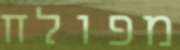
מפולח